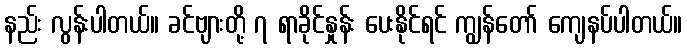
နည်း လွန်းပါတယ်။ ခင်ဗျားတို့ ၇ ရာခိုင်နှုန်း ပေးနိုင်ရင် ကျွန်တော် ကျေနပ်ပါတယ်။